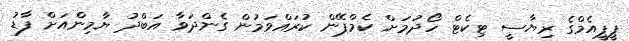
ޕީޕީއެމްގެ ރިޔާސީ ޓިކެޓް ހޯދުމަށް ކެމްޕޭން ކުރައްވަމުން ގެންދަވާ އަބްދު ޔާމިންއަށް ފާޑު